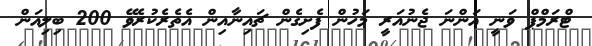
ޓްރަމްޕް ވަނީ އަންނަ ޖެނުއަރީ މަހުން ފެށިގެން ޗައިނާއިން އެތެރެކުރެވޭ 200 ބިލިއަން